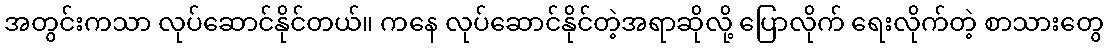
အတွင်းကသာ လုပ်ဆောင်နိုင်တယ်။ ကနေ လုပ်ဆောင်နိုင်တဲ့အရာဆိုလို့ ပြောလိုက် ရေးလိုက်တဲ့ စာသားတွေ